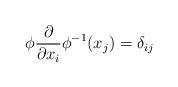
LaTeX: \begin{align*} \phi \frac{\partial}{\partial x_i} \phi^{-1}(x_j) = \delta_{ij}\end{align*}